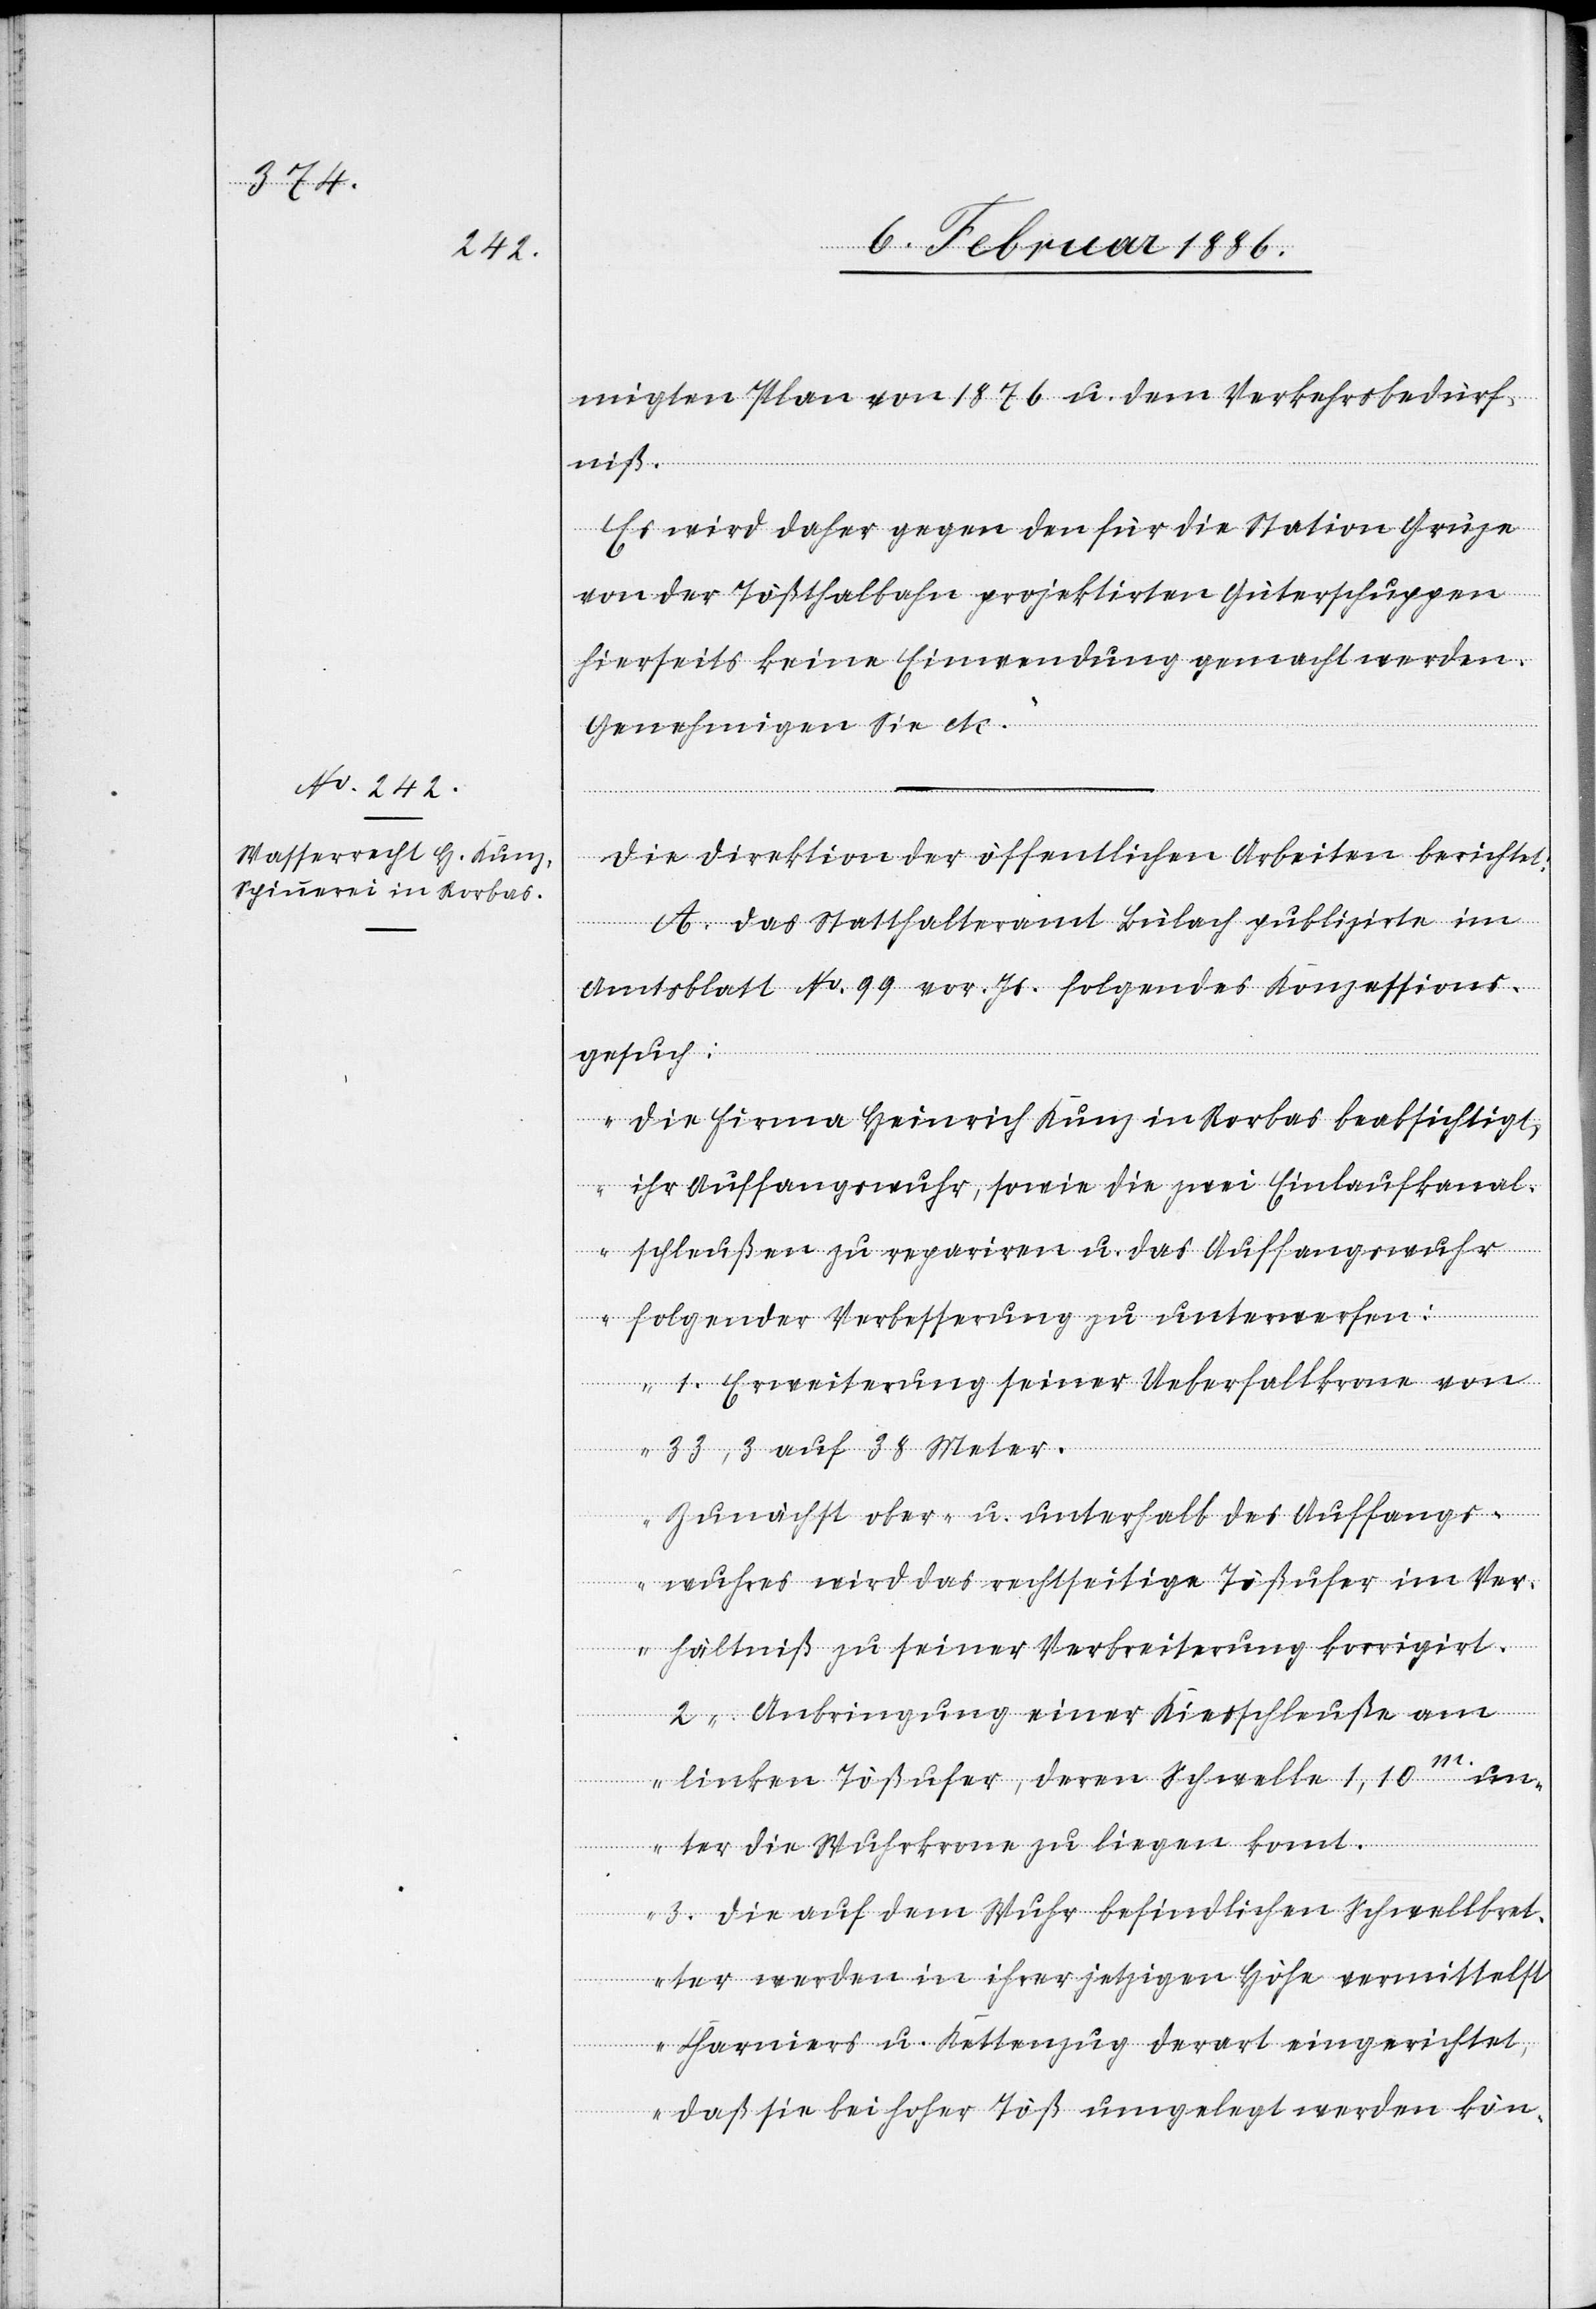
migten Plan von 1876 u. dem Verkehrsbedürf¬
niß.
Es wird daher gegen den für die Station Grüze
von der Tößthalbahn projektierten Güterschuppen
hierseits keine Einwendung gemacht werden.
Genehmigen Sie etc.“
Die Direktion der öffentlichen Arbeiten berichtet:
A. Das Statthalteramt Bülach publizirte im
Amtsblatt No. 99 vor. Js. folgendes Konzessions¬
gesuch:
„Die Firma Heinrich Kunz in Rorbas beabsichtigt,
ihr Auffangswuhr, sowie die zwei Einlaufkanal¬
schleußen zu repariren u. das Auffangswuhr
folgender Verbesserung zu unterwerfen:
1. Erweiterung seiner Ueberfallkrone von
33,3 auf 38 Meter.
Zunächst ober- u. unterhalb des Auffangs¬
wuhres wird das rechtseitige Tößufer im Ver¬
hältniß zu seiner Verbreiterung korrigirt.
2. Anbringung einer Kiesschleuße am
linken Tößufer, deren Schwelle 1,10m. un¬
ter die Wuhrkrone zu stehen kommt.
3. Die auf dem Wuhr befindlichen Schwellbret¬
ter werden in ihrer jetzigen Höhe vermittelst
Charniers u. Kettenzug derart eingerichtet,
daß sie bei hoher Töß umgelegt werden kön-